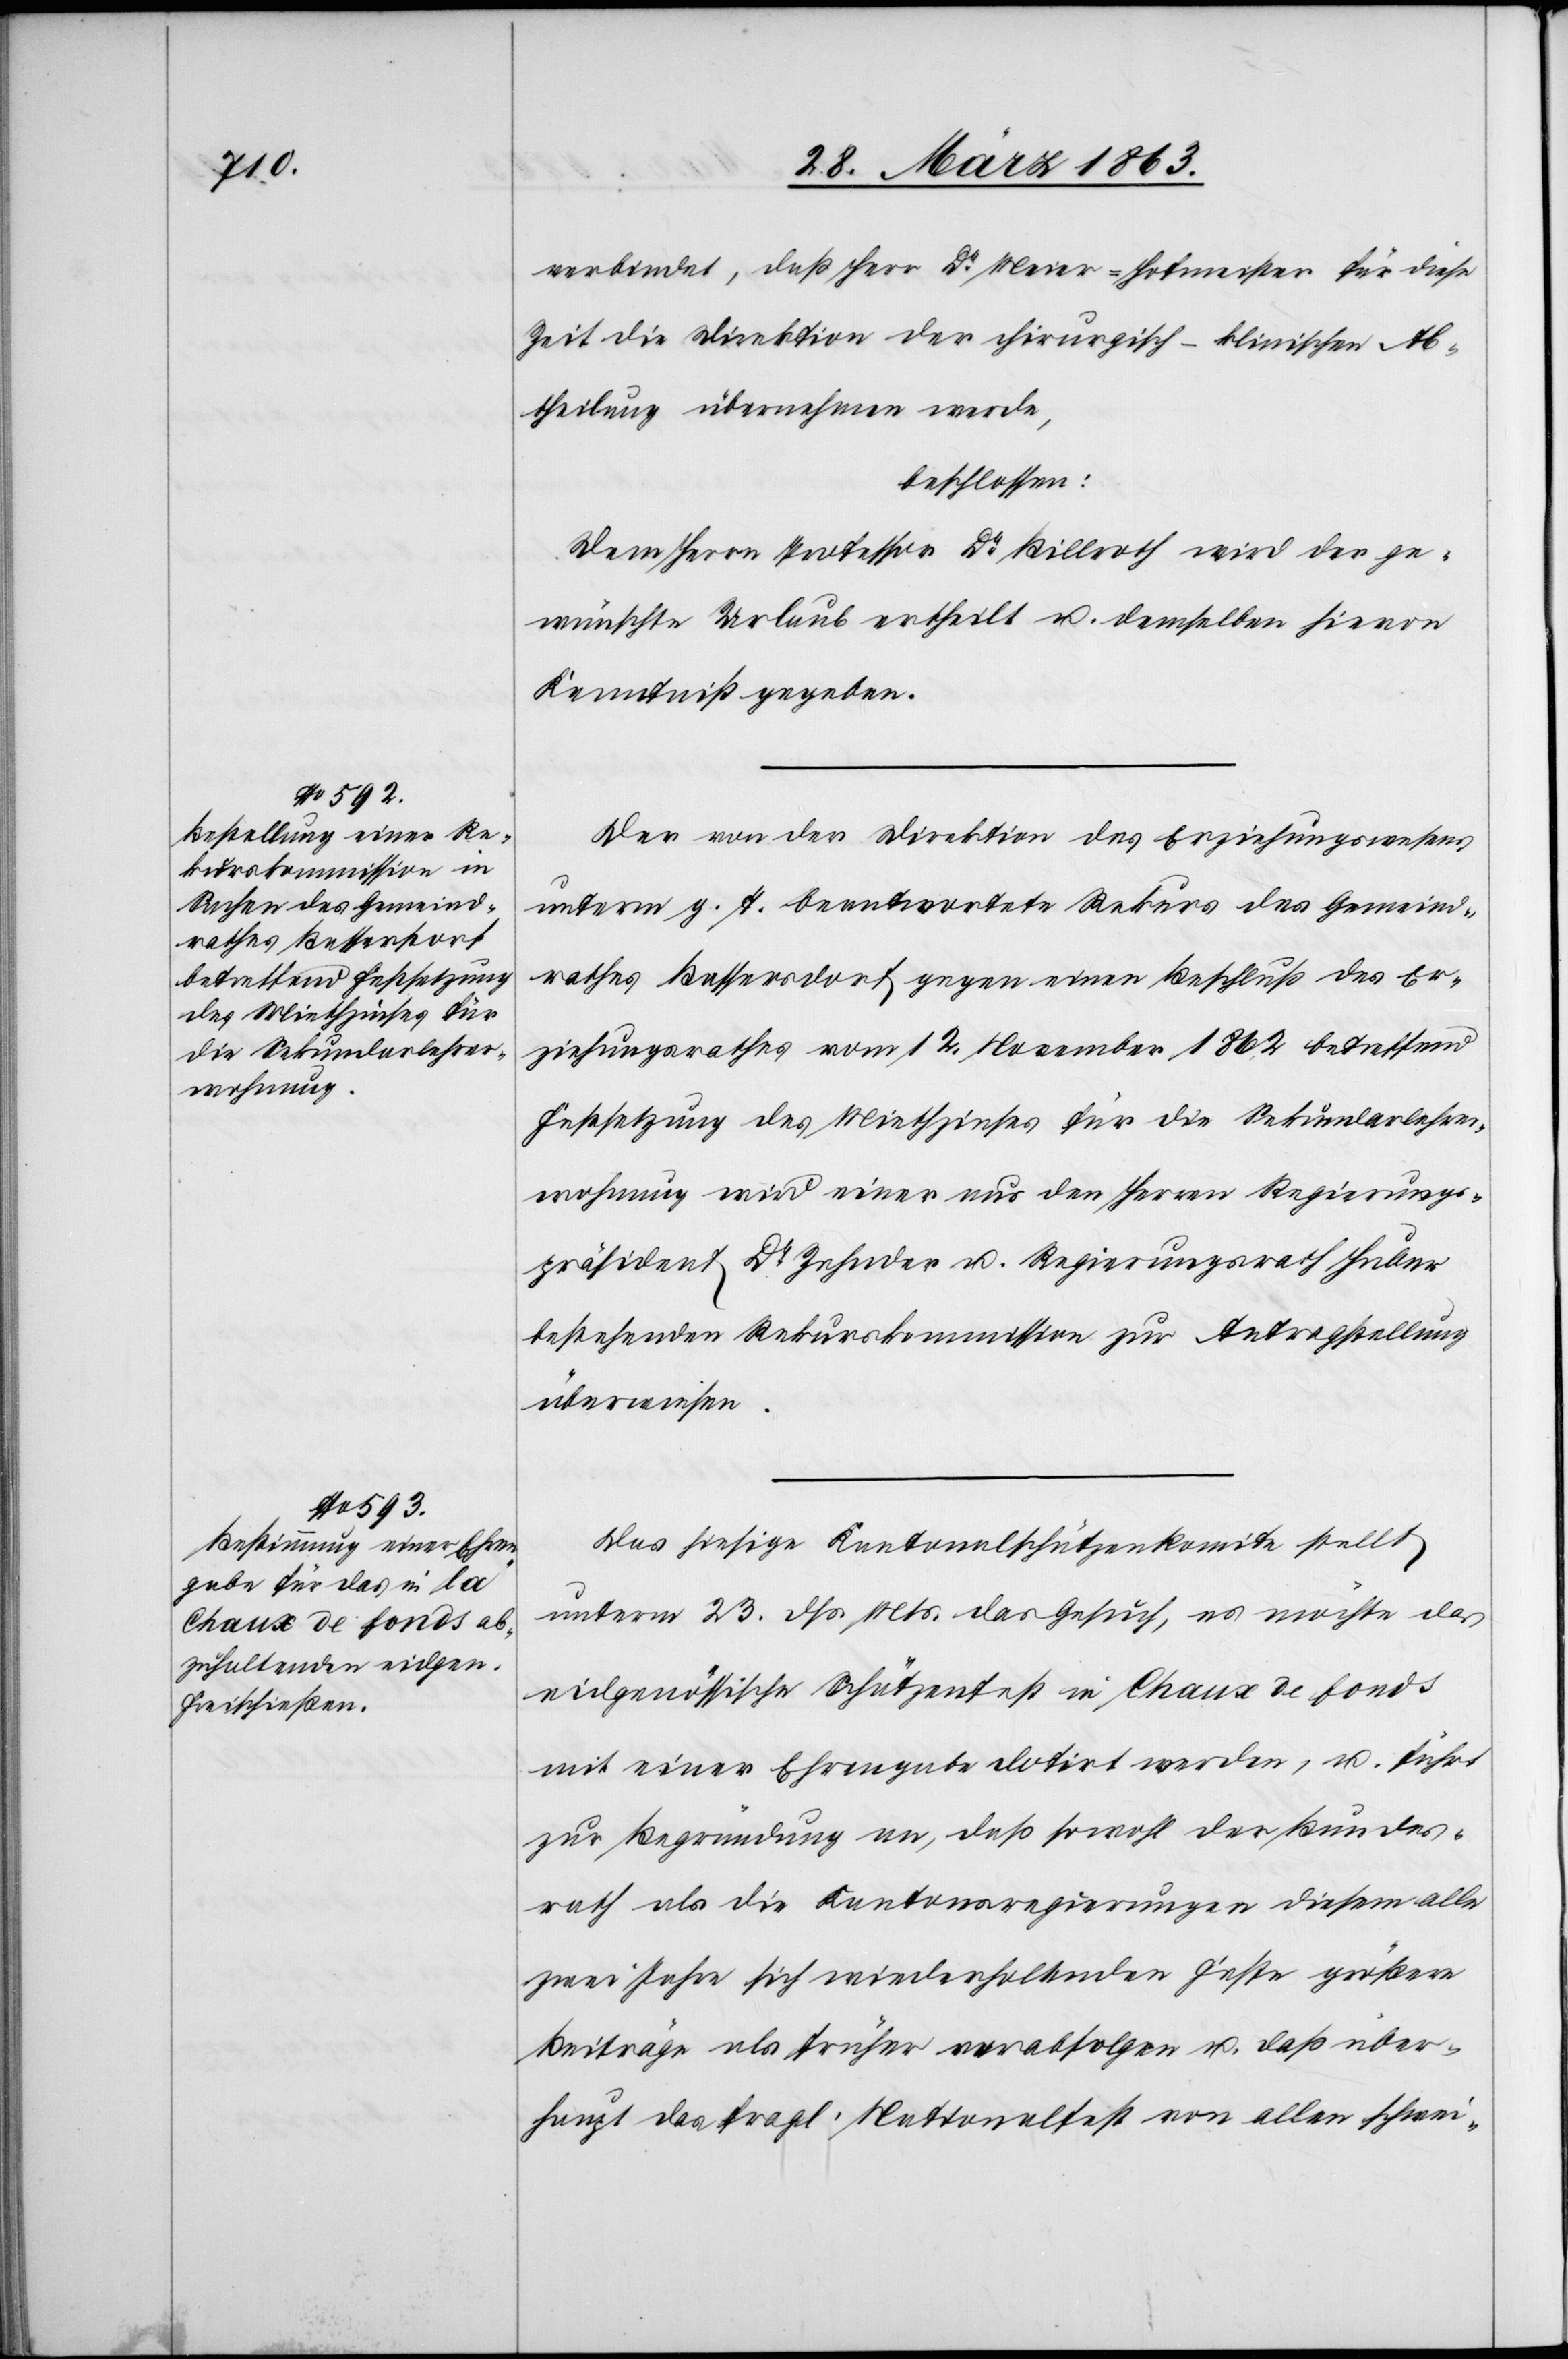
verbindet, daß Herr Dr Meier-Hofmeister für diese
Zeit die Direktion der chirurgisch-klinischen Ab¬
theilung übernehmen werde,
beschlossen:
Dem Herrn Professor Dr Billroth wird der ge¬
wünschte Urlaub ertheilt u. demselben hievon
Kenntniß gegeben.
Der von der Direktion des Erziehungswesens
unterm g. T. beantwortete Rekurs des Gemeind¬
rathes Bassersdorf [sic!] gegen einen Beschluß des Er¬
ziehungsrathes vom 12. November 1862 betreffend
Festsetzung des Miethzinses für die Sekundarlehre¬
rwohnung wird einer aus den Herren Regierungs¬
präsident Dr Zehnder u. Regierungsrath Huber
bestehenden Rekurskommission zur Antragstellung
überwiesen.
Das hiesige Kantonalschützenkomite stellt
unterm 23. dß. Mts. das Gesuch, es möchte das
eidgenössische Schützenfest in Chaux de fonds
mit einer Ehrengabe dotirt werden, u. führt
zur Begründung an, daß sowohl der Bundes¬
rath als die Kantonsregierungen diesem alle
zwei Jahre sich wiederholenden Fest größere
Beiträge als früher verabfolgen u. daß über¬
haupt das fragl. Nationalfest von allen schwei-